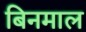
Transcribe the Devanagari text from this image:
बिनमाल